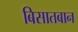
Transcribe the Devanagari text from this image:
बिसातबान